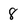
Character: 8